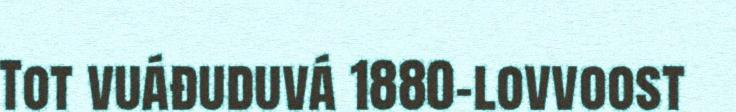
Tot vuáđuduvá 1880-lovvoost